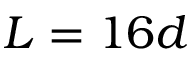
L = 1 6 d